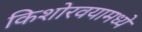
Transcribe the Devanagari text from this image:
किशोरवयामध्ये